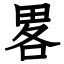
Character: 畧